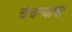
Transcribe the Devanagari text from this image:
चेचन्याचा